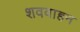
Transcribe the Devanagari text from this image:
शववाहन